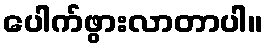
ပေါက်ဖွားလာတာပါ။